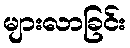
များလာခြင်း